Report on sanitation, dispensaries, and jails in Rajputana for 1919, and on vaccination for the year 1919-1920 - 1919-1920
Year: 1919
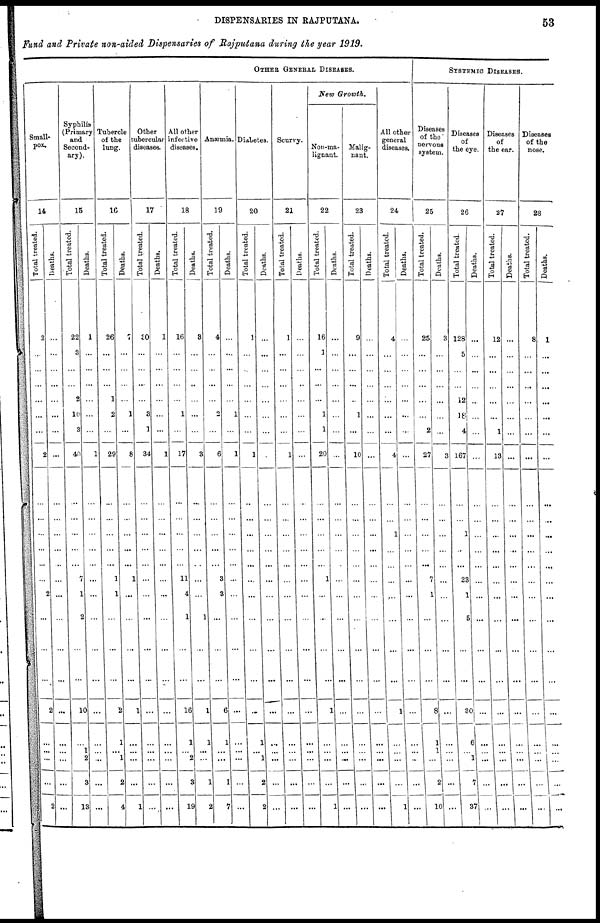
DISPENSARIES IN RAJPUTANA.
53
Fund and Private non-aided Dispensaries of Rajputana during the year 1919.
OTHER GENERAL DISEASES.
Small-
pox.
14
Total treated.
2
...
...
...
...
...
...
2
...
...
...
...
...
2
...
...
...
2
...
...
...
...
2
Deaths.
...
...
...
...
...
...
...
...
...
...
...
...
...
...
...
...
...
...
...
...
...
...
...
Syphilis
(Primary
and
Second-
ary).
15
Total treated.
22
3
...
...
2
10
3
40
...
...
...
...
7
1
2
...
...
10
...
1
2
3
13
Deaths.
1
...
...
...
...
...
...
1
...
...
...
...
...
...
...
...
...
...
...
...
...
...
...
Tubercle
of the
lung.
16
Total treated.
26
...
...
...
1
2
...
29
...
...
...
...
1
1
...
...
...
2
1
...
1
2
4
Deaths.
7
...
...
...
...
1
...
8
...
...
...
...
1
...
...
...
...
1
...
...
...
...
1
Other
tubercular
diseases
17
Total treated.
30
...
...
...
...
3
1
34
...
...
...
...
...
...
...
...
...
...
...
...
...
...
...
Deaths.
1
...
...
...
...
...
...
1
...
...
...
...
...
...
...
...
...
...
...
...
...
...
...
All other
infective
diseases.
18
Total treated.
16
...
...
...
...
1
...
17
...
...
...
...
11
4
1
...
...
16
1
...
2
3
19
Deaths.
3
...
...
...
...
...
...
3
...
...
...
...
...
...
1
...
...
1
1
...
...
1
2
Anæmia.
19
Total treated.
4
...
...
...
...
2
...
6
...
...
...
...
3
3
...
...
...
6
1
...
...
1
7
Deaths.
...
...
...
...
...
1
...
1
...
...
...
...
...
...
...
...
...
...
...
...
...
...
...
Diabetes.
20
Total treated.
1
...
...
...
...
...
...
1
...
...
...
...
...
...
...
...
...
...
1
...
1
2
2
Deaths.
...
...
...
...
...
...
...
...
...
...
...
...
...
...
...
...
...
...
...
...
...
...
...
Scurvy.
21
Total treated.
1
...
...
...
...
...
...
1
...
...
...
...
...
...
...
...
...
...
...
...
...
...
...
Deaths.
...
...
...
...
...
...
...
...
...
...
...
...
...
...
...
...
...
...
...
...
...
...
...
New Growth.
Non-ma-
lignant.
22
Total treated.
16
1
...
...
...
1
1
20
...
...
...
...
1
...
...
...
...
1
...
...
...
...
1
Deaths.
...
...
...
...
...
...
...
...
...
...
...
...
...
...
...
...
...
...
...
...
....
...
...
Malig-
nant.
23
Total treated.
9
...
...
...
...
1
...
10
...
...
...
...
...
...
...
...
...
...
...
...
...
...
...
Deaths.
...
...
...
...
...
...
...
...
...
...
...
...
...
...
...
...
...
...
...
...
...
...
...
All other
general
diseases.
24
Total treated.
4
...
...
...
...
...
...
4
...
1
...
...
...
...
...
...
...
1
...
...
...
...
1
Deaths.
...
...
...
...
...
...
...
...
...
...
...
...
...
...
...
...
...
...
...
...
...
...
...
SYSTEMIC DISEASES.
Diseases
of the
nervous
system.
25
Total treated.
25
...
...
...
...
...
2
27
...
...
...
...
7
1
...
...
...
8
1
1
...
2
10
Deaths.
3
...
...
...
...
...
...
3
...
...
...
...
...
...
...
...
...
...
...
...
...
...
...
Diseases
of
the eye.
26
Tot al t r eat ed.
128
5
...
...
12
18
4
167
...
1
...
...
23
1
5
...
...
30
6
...
1
7
37
Deat hs .
...
...
...
...
...
...
...
...
...
...
...
...
...
...
...
...
...
...
...
...
...
...
...
Diseases
of
the ear.
27
Tot al t r eat ed.
12
...
...
...
...
....
1
13
...
...
...
...
...
...
...
...
...
...
...
...
...
...
...
Deat hs .
...
...
...
...
...
...
...
...
...
...
...
...
...
...
...
...
...
...
...
...
...
...
...
Diseases
of the
nose.
28
Total treated.
8
...
...
...
...
...
...
...
...
...
...
...
...
...
...
...
...
...
...
...
...
...
...
Deaths.
1
...
...
...
...
...
...
...
...
...
...
...
...
...
...
...
...
...
...
...
...
...
...